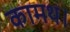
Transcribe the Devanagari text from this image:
कामथ।